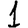
Digit: 1